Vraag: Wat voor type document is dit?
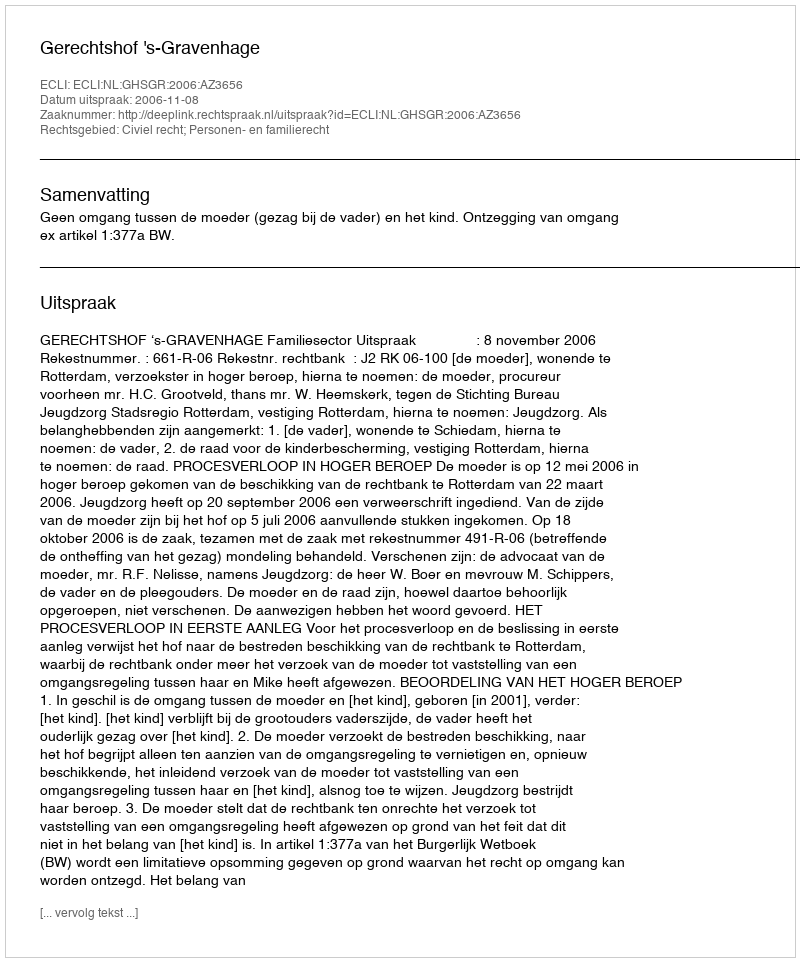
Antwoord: Uitspraak